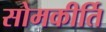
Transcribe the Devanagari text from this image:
सोमकीर्ति